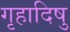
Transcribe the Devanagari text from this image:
गृहादिषु